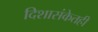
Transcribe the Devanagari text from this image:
दिशासंकेतही